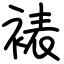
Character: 裱